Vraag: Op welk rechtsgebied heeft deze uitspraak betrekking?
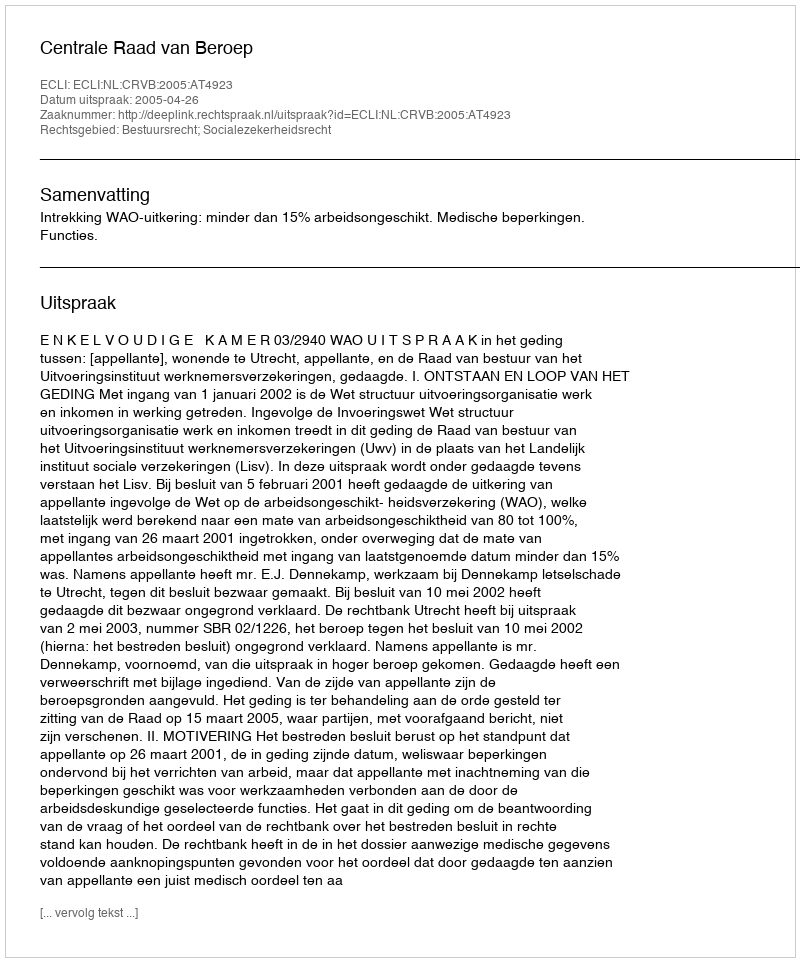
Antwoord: Bestuursrecht; Socialezekerheidsrecht